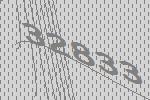
32833